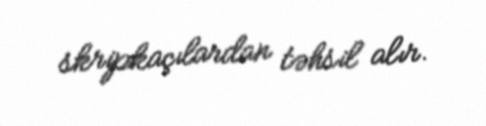
skripkaçılardan təhsil alır.